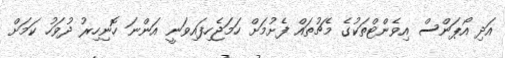
އަދި އޯޕަންސް އިވެންޓްތަކުގެ މެޗުތައް ފެށުމަށް ހަމަޖެހިފައިވަނީ އަންނަ ހޮނިހިރު ދުވަހު ކަމަށް